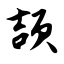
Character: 颉